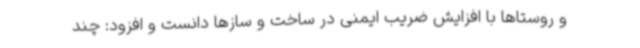
و روستاها با افزایش ضریب ایمنی در ساخت و سازها دانست و افزود: چند